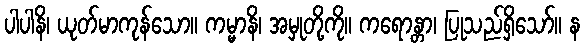
ပါပါနိ၊ ယုတ်မာကုန်သော။ ကမ္မာနိ၊ အမှုတို့ကို။ ကရောန္တာ၊ ပြုသည်ရှိသော်။ န